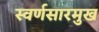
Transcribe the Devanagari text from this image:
स्वर्णसारमुख